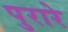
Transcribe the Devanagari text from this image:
पुरारे